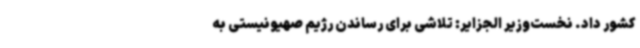
کشور داد. نخست‌وزیر الجزایر: تلاشی برای رساندن رژیم صهیونیستی به